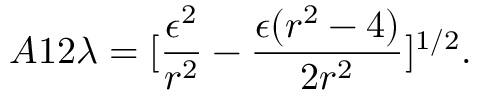
A 1 2 \lambda = [ \frac { \epsilon ^ { 2 } } { r ^ { 2 } } - \frac { \epsilon ( r ^ { 2 } - 4 ) } { 2 r ^ { 2 } } ] ^ { 1 / 2 } .